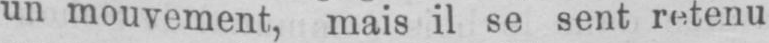
un mouvement, mais il se sent retenu